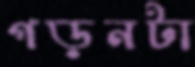
গড়নটা